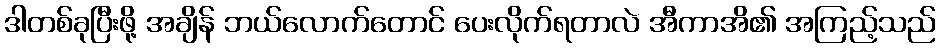
ဒါတစ်ခုပြီးဖို့ အချိန် ဘယ်လောက်တောင် ပေးလိုက်ရတာလဲ အီကာအိ၏ အကြည့်သည်